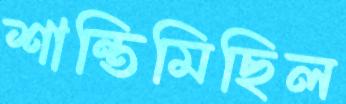
শান্তিমিছিল